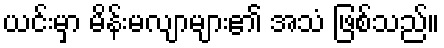
ယင်းမှာ မိန်းမလျာများ၏ အသံ ဖြစ်သည်။